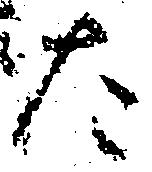
た